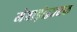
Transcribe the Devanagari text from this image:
मेवाड़ोद्धारक